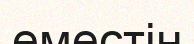
еместін